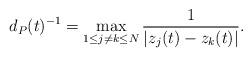
LaTeX: \begin{align*} d_P(t)^{-1}=\max_{1\leq j\neq k\leq N}\frac{1}{|z_j(t)-z_k(t)|}.\end{align*}